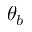
\theta _ { b }